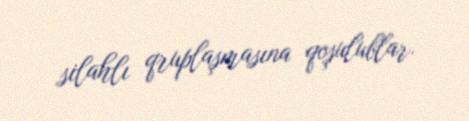
silahlı qruplaşmasına qoşulublar.